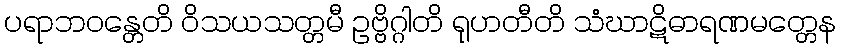
ပရာဘဝန္တေတိ ဝိသယသတ္တမီ ဥဗ္ဗိဂ္ဂါတိ ရုဟတီတိ သံဃာဋိဓာရဏမတ္တေန